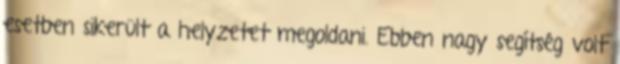
esetben sikerült a helyzetet megoldani. Ebben nagy segítség volt